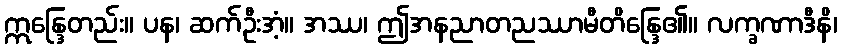
ဣန္ဒြေတည်း။ ပန၊ ဆက်ဦးအံ့။ အဿ၊ ဤအနညာတညဿာမီတိန္ဒြေ၏။ လက္ခဏာဒီနိ၊